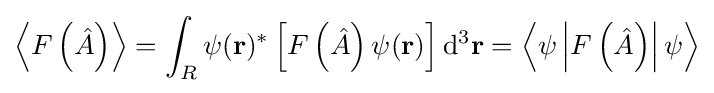
\left\langle F\left({\hat {A}}\right)\right\rangle =\int _{R}\psi (\mathbf {r} )^{*}\left[F\left({\hat {A}}\right)\psi (\mathbf {r} )\right]\mathrm {d} ^{3}\mathbf {r} =\left\langle \psi \left|F\left({\hat {A}}\right)\right|\psi \right\rangle